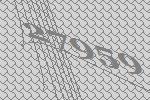
27959